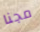
مجنا